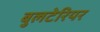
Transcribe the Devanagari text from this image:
बुलटेरियर